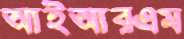
আইআরএম